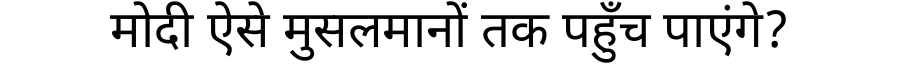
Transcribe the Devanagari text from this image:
मोदी ऐसे मुसलमानों तक पहुँच पाएंगे?